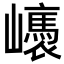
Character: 㠡